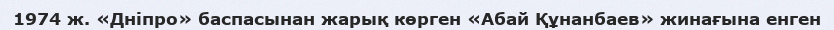
1974 ж. «Дніпро» баспасынан жарық көрген «Абай Құнанбаев» жинағына енген